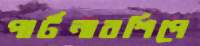
পার্টনারশিপে